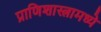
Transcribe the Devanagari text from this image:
प्राणिशास्त्रामध्ये